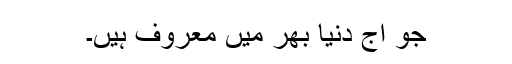
جو آج دنیا بھر میں معروف ہیں۔